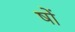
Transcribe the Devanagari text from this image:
षों